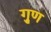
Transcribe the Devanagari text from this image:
गु्ण